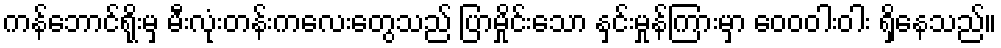
ကန်ဘောင်ရိုးမှ မီးလုံးတန်းကလေးတွေသည် ပြာမှိုင်းသော နှင်းမှုန်ကြားမှာ ဝေဝဝါးဝါး ရှိနေသည်။